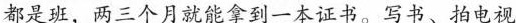
都是班，两三个月就能拿到一本证书。写书、拍电视